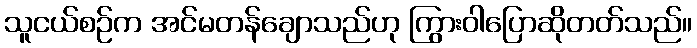
သူငယ်စဉ်က အင်မတန်ချောသည်ဟု ကြွားဝါပြောဆိုတတ်သည်။